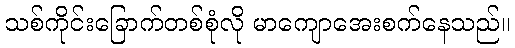
သစ်ကိုင်းခြောက်တစ်စုံလို မာကျောအေးစက်နေသည်။